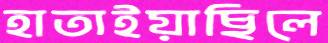
হাতাইয়াছিলে